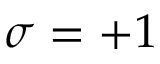
\sigma = + 1